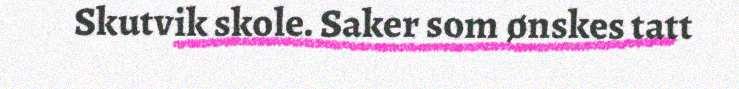
Skutvik skole. Saker som ønskes tatt